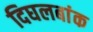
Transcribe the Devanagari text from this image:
दिघलबांक